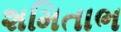
શમિતાભ